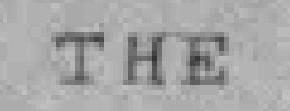
THE